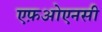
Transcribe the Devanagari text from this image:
एफ़ओएनसी